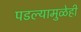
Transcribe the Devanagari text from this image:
पडल्यामुळेही